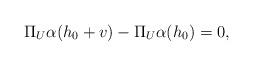
LaTeX: \begin{align*}\Pi_U \alpha(h_0 + v) - \Pi_U \alpha(h_0) = 0,\end{align*}